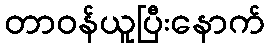
တာဝန်ယူပြီးနောက်